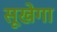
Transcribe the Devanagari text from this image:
सूखेगा